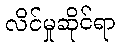
လိင်မှုဆိုင်ရာ